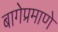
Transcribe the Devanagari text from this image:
बागेप्रमाणे